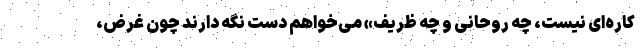
کاره‌ای نیست، چه روحانی و چه ظریف» می‌خواهم دست نگه دارند چون غرض،